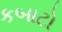
કબાટો